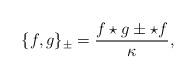
LaTeX: \begin{align*}\{f,g\}_{\pm}=\frac{f \star g \pm \star f}{\kappa},\end{align*}